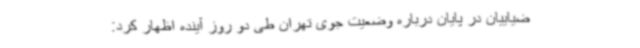
ضیاییان در پایان درباره وضعیت جوی تهران طی دو روز آینده اظهار کرد: